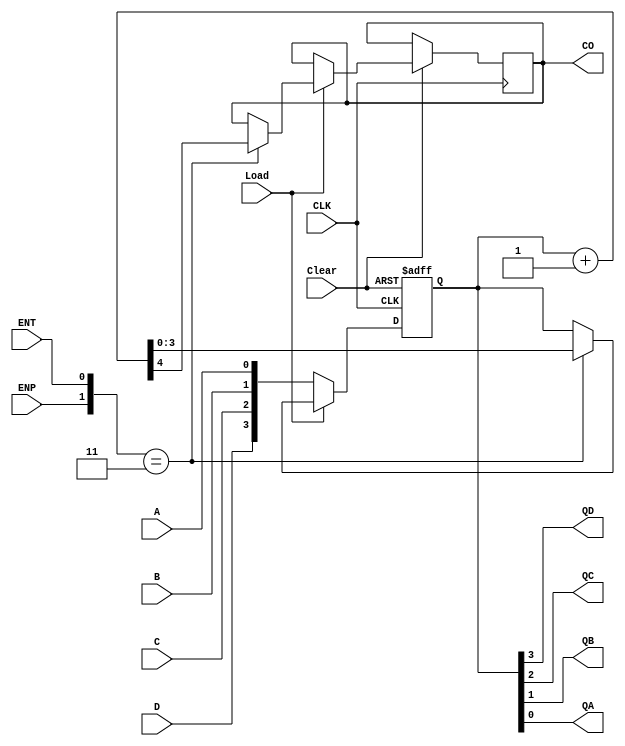
module gate74LS161(Clear,Load,ENP,ENT,D,C,B,A,CLK,CO,QD,QC,QB,QA);
    input Clear,Load,ENP,ENT,D,C,B,A,CLK;
    output CO,QD,QC,QB,QA;
    wire Clear,Load,ENP,ENT,D,C,B,A,CLK;
    wire CO,QD,QC,QB,QA;
    reg[3:0]   Qtemp;
    reg COtemp;
    always @(negedge Clear,posedge CLK)
        begin
            if(!Clear) //Clear
                begin
                    Qtemp<=4'b0000; //
                end
            else       //
                begin
                    if(!Load)  //
                        begin
                            Qtemp<={D,C,B,A};
                        end
                    else   //
                        begin
                            if({ENP,ENT}==2'b11)  //
                                begin
                                    {COtemp,Qtemp}<=Qtemp+1;
                                end
                             //else   //
                        end
                end
        end
    assign {QD,QC,QB,QA}=Qtemp;
    assign CO=COtemp;
endmodule